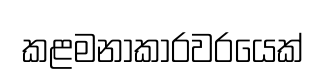
කළමනාකාරවරයෙක්